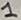
Text: 1